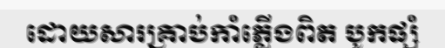
ដោយសារគ្រាប់កាំភ្លើងពិត បូកផ្សំ